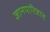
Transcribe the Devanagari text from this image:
ज्ञानपारिजात